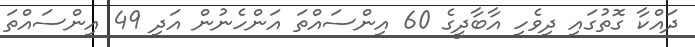
ދައްކާ ގޮތުގައި ދިވެހި އާބާދީގެ 60 އިންސައްތަ އަންހެނުން އަދި 49 އިންސައްތަ